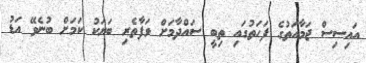
އައިސިސް ޖަމާއަތުގެ ފަހަތުގައި ތިބީ ސައްދާމަށް ވަފާތެރި ބަޔަކު ކަމަށް ބުނެވޭ އަޑު